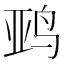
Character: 𱉨